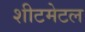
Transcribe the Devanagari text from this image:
शीटमेटल